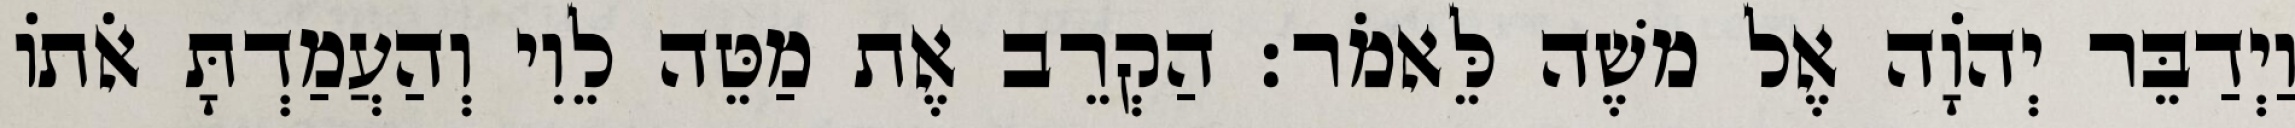
וַיְדַבֵּר יְהוָֹה אֶל משֶׁה לֵּאמֹר׃ הַקְרֵב אֶת מַטֵּה לֵוִי וְהַעֲמַדְתָּ אֹתוֹ